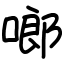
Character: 啷